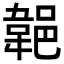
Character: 𨜢